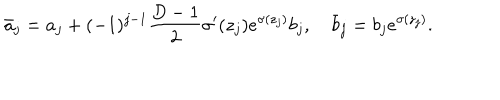
LaTeX: \bar { a } _ { j } = a _ { j } + ( - 1 ) ^ { j - 1 } \frac { D - 1 } { 2 } \sigma ^ { \prime } ( z _ { j } ) e ^ { \sigma ( z _ { j } ) } b _ { j } , \quad \bar { b } _ { j } = b _ { j } e ^ { \sigma ( z _ { j } ) } .